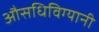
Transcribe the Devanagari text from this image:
औसधिविग्यानी